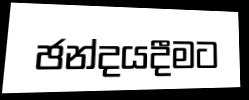
ඡන්දයදීමට